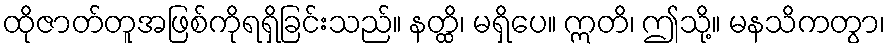
ထိုဇာတ်တူအဖြစ်ကိုရရှိခြင်းသည်။ နတ္ထိ၊ မရှိပေ။ ဣတိ၊ ဤသို့။ မနသိကတွာ၊